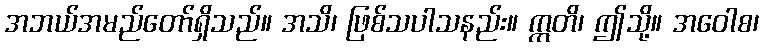
အဘယ်အမည်တော်ရှိသည်။ အသိ၊ ဖြစ်သပါသနည်း။ ဣတိ၊ ဤသို့။ အဝေါစ၊